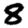
Digit: 8